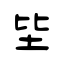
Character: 坒